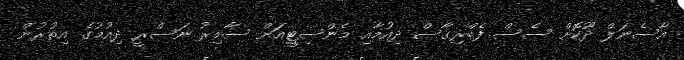
އާސެނަލް ދޫކޮށް ސެސް ފެބްރިގާސް ދިއުމާއި މެންސިޓީއަށް ސާމިރު ނަސްރީ ދިއުމުގެ އިތުރުން